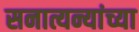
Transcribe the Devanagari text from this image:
सनात्यन्यांच्या